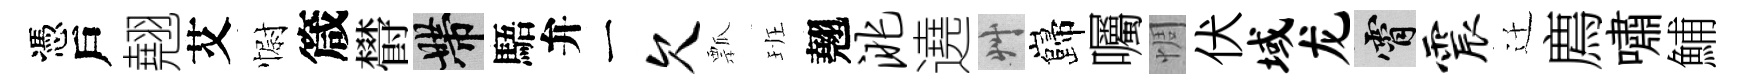
憑戶翹艾𢠢箴欎帶䮏弁一欠瓢班翹洮遶艸巋囑惆伏域龙霄震迁廌嘯鯆